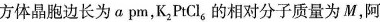
方体晶胞边长为a pm，K_2PtCl_{6}的相对分子质量为M，阿